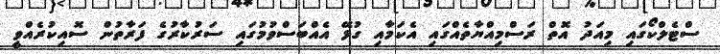
ސްޓެލްކޯގައި މިއަދު އޮތް ރަސްމިއްޔާތެއްގައި އެކަމާއި ގުޅޭ އެއްބަސްވުމުގައި ސަރުކާރުގެ ފަރާތުން ސޮއިކުރެއްވީ